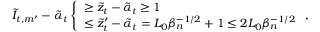
\tilde { I } _ { t , m ^ { \prime } } - \tilde { \alpha } _ { t } \left\{ \begin{array} { l l } { \geq \tilde { z } _ { t } - \tilde { \alpha } _ { t } \geq 1 } \\ { \leq \tilde { z } _ { t } ^ { \prime } - \tilde { \alpha } _ { t } = L _ { 0 } \beta _ { n } ^ { - 1 \slash 2 } + 1 \leq 2 L _ { 0 } \beta _ { n } ^ { - 1 \slash 2 } } \end{array} \right. ,